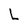
Character: L